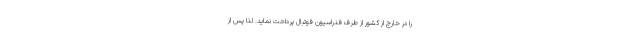
را در خارج از کشور از طرف فدراسیون فوتبال پرداخت نماید. لذا پس از